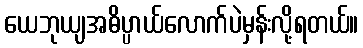
ယေဘုယျအဓိပ္ပာယ်လောက်ပဲမှန်းလို့ရတယ်။